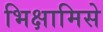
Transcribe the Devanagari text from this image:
भिक्षामिसे